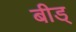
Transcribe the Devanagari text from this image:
बीड्